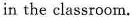
in the classroom.